Leaving Certificate Examination (including Day School Certificate (Higher) General paper), 1938
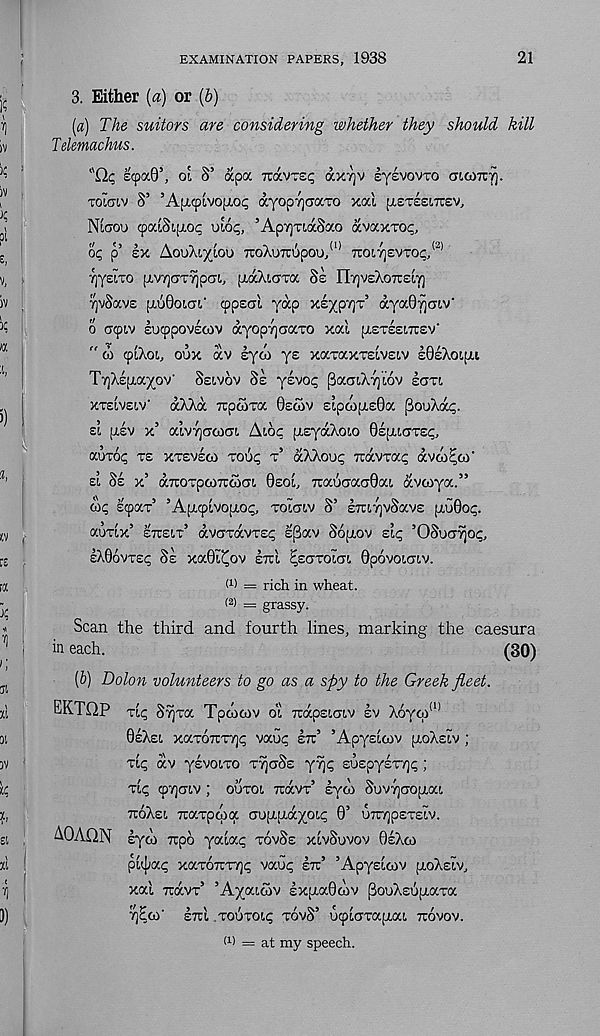
EXAMINATION PAPERS, 1938
21
3. Either (a) or (6)
(a) The suitors are considering whether they should kill
Telemachus.
"Q.C, IcpaQ’, oi S’ apoc Trav-sp dxvjv lyevovTO aiomfi.
TOICIV S’ ’Apicpivopiop dyopTjcTaTo xal [XETSSITCSV,
NLGOU cpatSipioc oio^, ’ApyjTidSoco dvaxTOc,
op p’ ex AouXiyioo TtoAuTrupou, 10 TTO[.7]£VTOC, (2)
TjyeiTO [TvyaT'/jpGi, ptaXiGTa Se nyjveXoTteiY)
TjvSave [TUGOICT!,' cppeal yap xeypvjT 5 dyaQya!.'/
o acpiv lucppovecov dyopycairo xal [reTeeiTrev’
" d 91X01, oux dv eyco ye xaraxTeiveiv eQeXoipu
TyXefxayov' Seivov Se yevop paaiXyiov IGT!,
XTe[vei.v' dXXd Ttpcoxa 0eoSv £Lpoya.e0a ^ouXap.
et [rev x’ aivyooiGL Aide pieyaXoio ©epaGTep,
auxop re xreveco xoup T’ dXXoup Trdvrap dveopoo'
El
x’ drcoTpcoTCcoGi 0eoi, 7rauGaa0ai dvoiya.”
cop e^ax’ ’A[ji9ivo[Top, XOIGIV S’ sTTiyvSave (TU0op.
adxix’ eTteix’ dvGxdvxep e[3av Sopiov eip ’OSoGyop,
eXOovxep Se xa0i^ov ETTI pexxoiai 0povoiGiv.
(1) = rich in wheat.
(2) — grassy.
Scan the third and fourth lines, marking the caesura
in each.
(30)
(b) Dolon volunteers to go as a spy to the Greek fleet.
EKTQP rip Syxa Tpcocov 01 ruapeiGiv ev X6y(p (1)
0eXei xaxoTrxyp vaup ETT’ ’Apyeicnv pioXeiv ;
xip dv yevoixo xynSs yyp Euepysxyp;
xip oyaiv ; ouxoi redvx’ lyoo SuvyGopiai
TTOXEI Tuaxpooa Gujaudyoip 0’ wcypexeiv.
dOvVQN eyed Trpd yaiap XOVSE XIVSUVOV 0eXco
pi^ap xaxoTuxYjp vaup ETC’ ’Apyeicov pioXeiv,
xal Trdvx’ ’Ayaicov lx[J.a06ov [3ouXEupiaxa
yEco' ETUI xouxoip xovS’ u9iGxa(i.ai TCOVOV.
(1 > = at my speech.